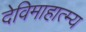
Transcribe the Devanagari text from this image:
देविमाहात्म्य